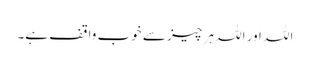
اللہ اور اللہ ہر چیز سے خوب واقف ہے۔